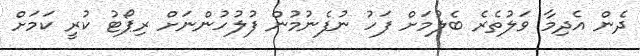
ދެން އެދިމާ ވަލުތެރެ ބެލުމަށް ފަހު ނުފެނުމުން ފުލުހުންނަށް ރިޕޯޓު ކުރީ ކަމަށް